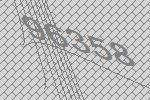
96358